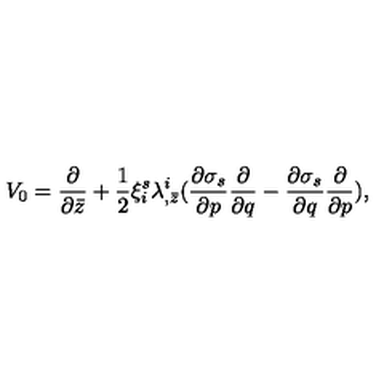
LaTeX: V _ { 0 } = { \frac { \partial } { \partial \bar { z } } } + { \frac { 1 } { 2 } } \xi _ { i } ^ { s } \lambda _ { , \bar { z } } ^ { i } ( { \frac { \partial \sigma _ { s } } { \partial p } } { \frac { \partial } { \partial q } } - { \frac { \partial \sigma _ { s } } { \partial q } } { \frac { \partial } { \partial p } } ) ,